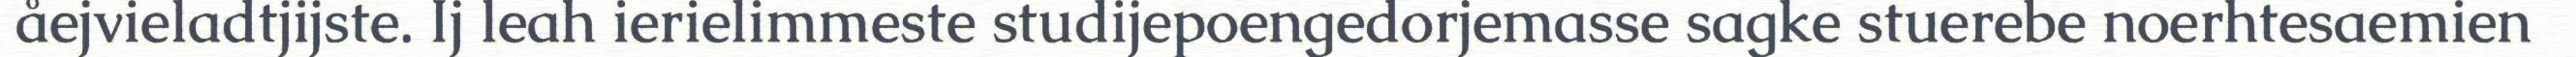
åejvieladtjijste. Ij leah ierielimmeste studijepoengedorjemasse sagke stuerebe noerhtesaemien